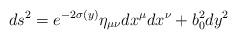
LaTeX: \begin{align*}ds^2=e^{-2\sigma(y)}\eta_{\mu\nu}dx^\mu dx^\nu+b_0^2 dy^2\end{align*}